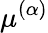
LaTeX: \mu^{(\alpha)}